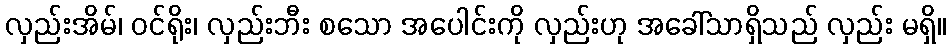
လှည်းအိမ်၊ ဝင်ရိုး၊ လှည်းဘီး စသော အပေါင်းကို လှည်းဟု အခေါ်သာရှိသည် လှည်း မရှိ။